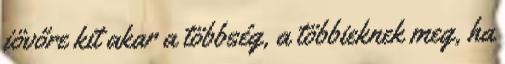
jövőre kit akar a többség, a többieknek meg, ha